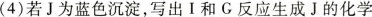
(4)若J为蓝色沉淀，写出I和G反应生成J的化学